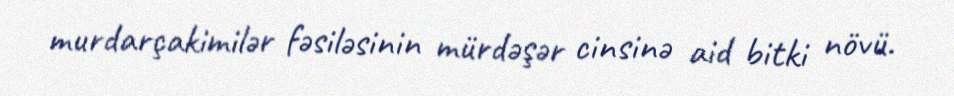
murdarçakimilər fəsiləsinin mürdəşər cinsinə aid bitki növü.